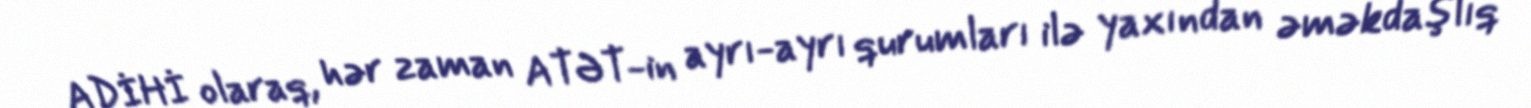
ADİHİ olaraq, hər zaman ATƏT-in ayrı-ayrı qurumları ilə yaxından əməkdaşlıq